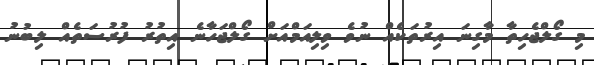
މި ގޯލްޖެހިތާ މާގިނަ އިރުތަކެއް ނުވެ ވިލިއަމްއަށް ގޯލްޖަހާނެ އިތުރު ފުރުސަތެއް ލިބުނު